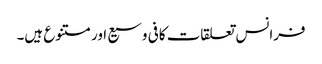
فرانس تعلقات کافی وسیع اور متنوع ہیں۔